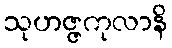
သုဟဇ္ဇကုလာနိ